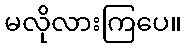
မလိုလားကြပေ။